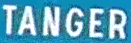
TANGER